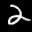
Label: 2